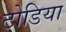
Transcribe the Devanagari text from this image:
टोडिया